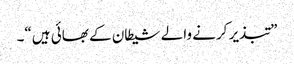
”تبذیر کرنے والے شیطان کے بھائی ہیں“۔